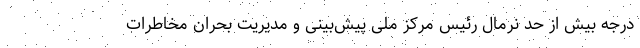
درجه بیش از حد نرمال رئیس مرکز ملی پیش‌بینی و مدیریت بحران مخاطرات